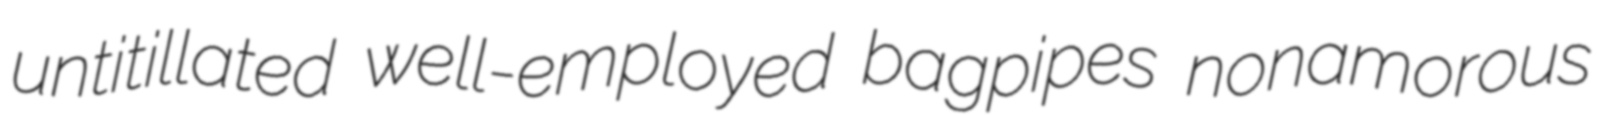
untitillated well-employed bagpipes nonamorous